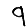
Digit: 9